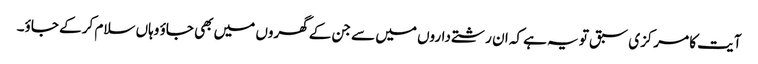
آیت کا مرکزی سبق تو یہ ہے کہ ان رشتے داروں میں سے جن کے گھروں میں بھی جاؤ وہاں سلام کر کے جاؤ۔